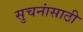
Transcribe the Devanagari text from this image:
सुचनांसाठी